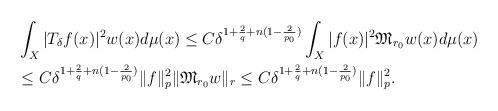
LaTeX: \begin{align*}&\int_X| T_{\delta}f(x)|^2 w(x)d\mu(x)\leq C\delta^{ 1+{2\over q}+n( 1-{2\over p_0}) } \int_X |f(x)|^2 \mathfrak M_{r_0} w(x)d\mu(x)\\&\leq C\delta^{ 1+{2\over q}+n( 1-{2\over p_0}) } \| f \|_{p }^2\|\mathfrak M_{r_0} w\|_r\leq C\delta^{ 1+{2\over q}+n( 1-{2\over p_0}) } \| f \|_{p }^2.\end{align*}